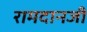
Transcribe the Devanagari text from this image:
रामदानजी